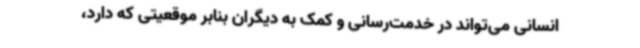
انسانی می‌تواند در خدمت‌رسانی و کمک به دیگران بنابر موقعیتی که دارد،